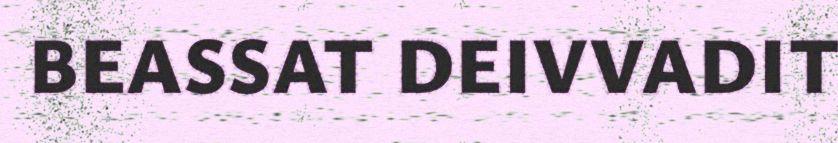
BEASSAT DEIVVADIT